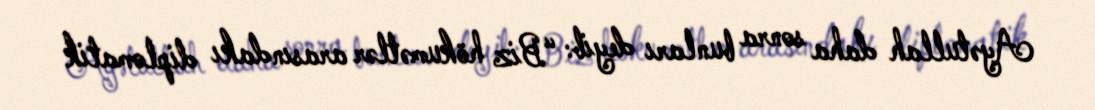
Ayətullah daha sonra bunları deyib: “Biz hökumətlər arasındakı diplomatik